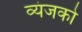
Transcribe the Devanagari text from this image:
व्यंजको